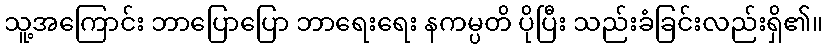
သူ့အကြောင်း ဘာပြောပြော ဘာရေးရေး နကမ္ပတိ ပိုပြီး သည်းခံခြင်းလည်းရှိ၏။